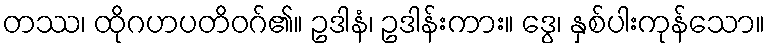
တဿ၊ ထိုဂဟပတိဝဂ်၏။ ဥဒါနံ၊ ဥဒါန်းကား။ ဒွေ၊ နှစ်ပါးကုန်သော။